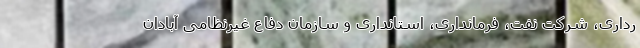
رداری، شرکت نفت، فرمانداری، استانداری و سازمان دفاع غیرنظامی آبادان